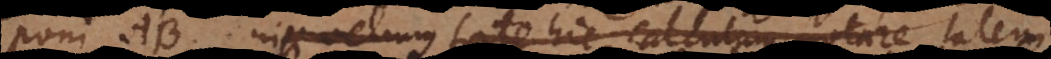
poni AB. nisi velimus forte hic calculum notare talem